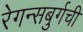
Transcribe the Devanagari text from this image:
रेगन्सबुर्गची